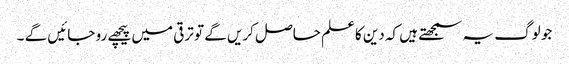
جو لوگ یہ سمجھتے ہیں کہ دین کاعلم حاصل کریں گے تو ترقی میں پیچھے رو جائیں گے ۔